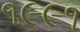
૧૯૯૧